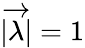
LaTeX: |\overrightarrow{\lambda}|=1